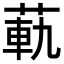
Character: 𦳛